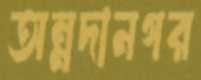
অন্নদানগর